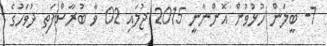
7- ބީލަން ހުޅުވުން އޮންނާނީ 2015 ޖުލައި 02 ވާ ބުރާސްފަތި ދުވަހުގެ